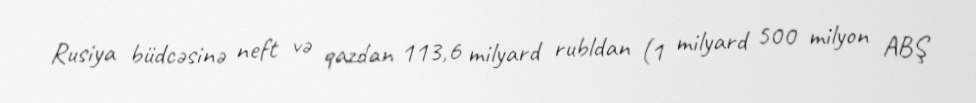
Rusiya büdcəsinə neft və qazdan 113,6 milyard rubldan (1 milyard 500 milyon ABŞ